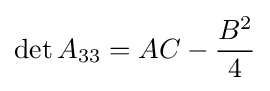
\det A_{33}=AC-{\frac {B^{2}}{4}}